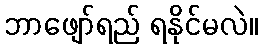
ဘာဖျော်ရည် ရနိုင်မလဲ။